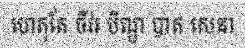
ហេតុតែ ចីវរ បិណ្ឌ បាត សេនា